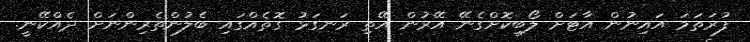
ފުރަތަމަ އައިނުން އާޓަށް ލޯބިކޮށްގެނޭ އޭރުން އޭތި ރަނގަޅު ގޮތެއްގައި ބެލުންތެރިންނަށް ދެއްކޭނީ.